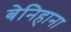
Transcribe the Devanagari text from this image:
बेनिहाना